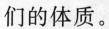
们的体质。